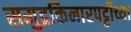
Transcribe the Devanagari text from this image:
समुद्रकिनारपट्टीच्या